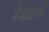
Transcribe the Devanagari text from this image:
हैं।उसमें